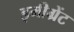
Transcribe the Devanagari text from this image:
इमीग्रेंट